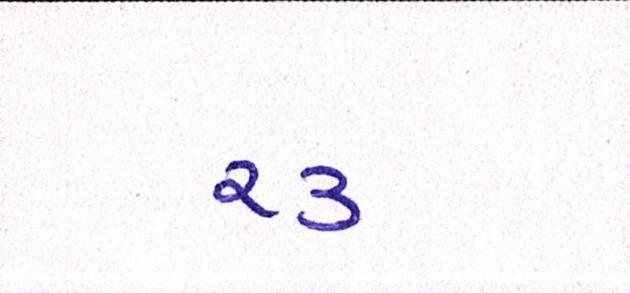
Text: ૨૩